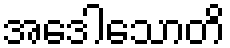
အဒေါသောတိ